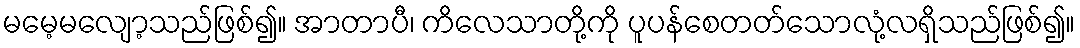
မမေ့မလျော့သည်ဖြစ်၍။ အာတာပီ၊ ကိလေသာတို့ကို ပူပန်စေတတ်သောလုံ့လရှိသည်ဖြစ်၍။